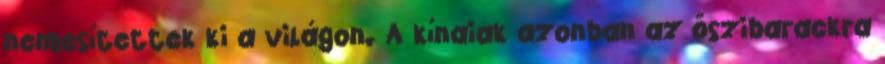
nemesítettek ki a világon. A kínaiak azonban az őszibarackra